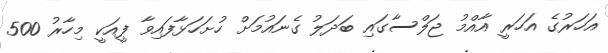
އަހަރުގެ އަހަަރީ އާއްމު ޖަލްސާގައި ބަދަލު ގެނައުމަށް ހުށަހަޅާފައިވާ ފީއަކީ މިހާރު 500